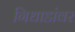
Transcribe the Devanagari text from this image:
गिधाडांवर